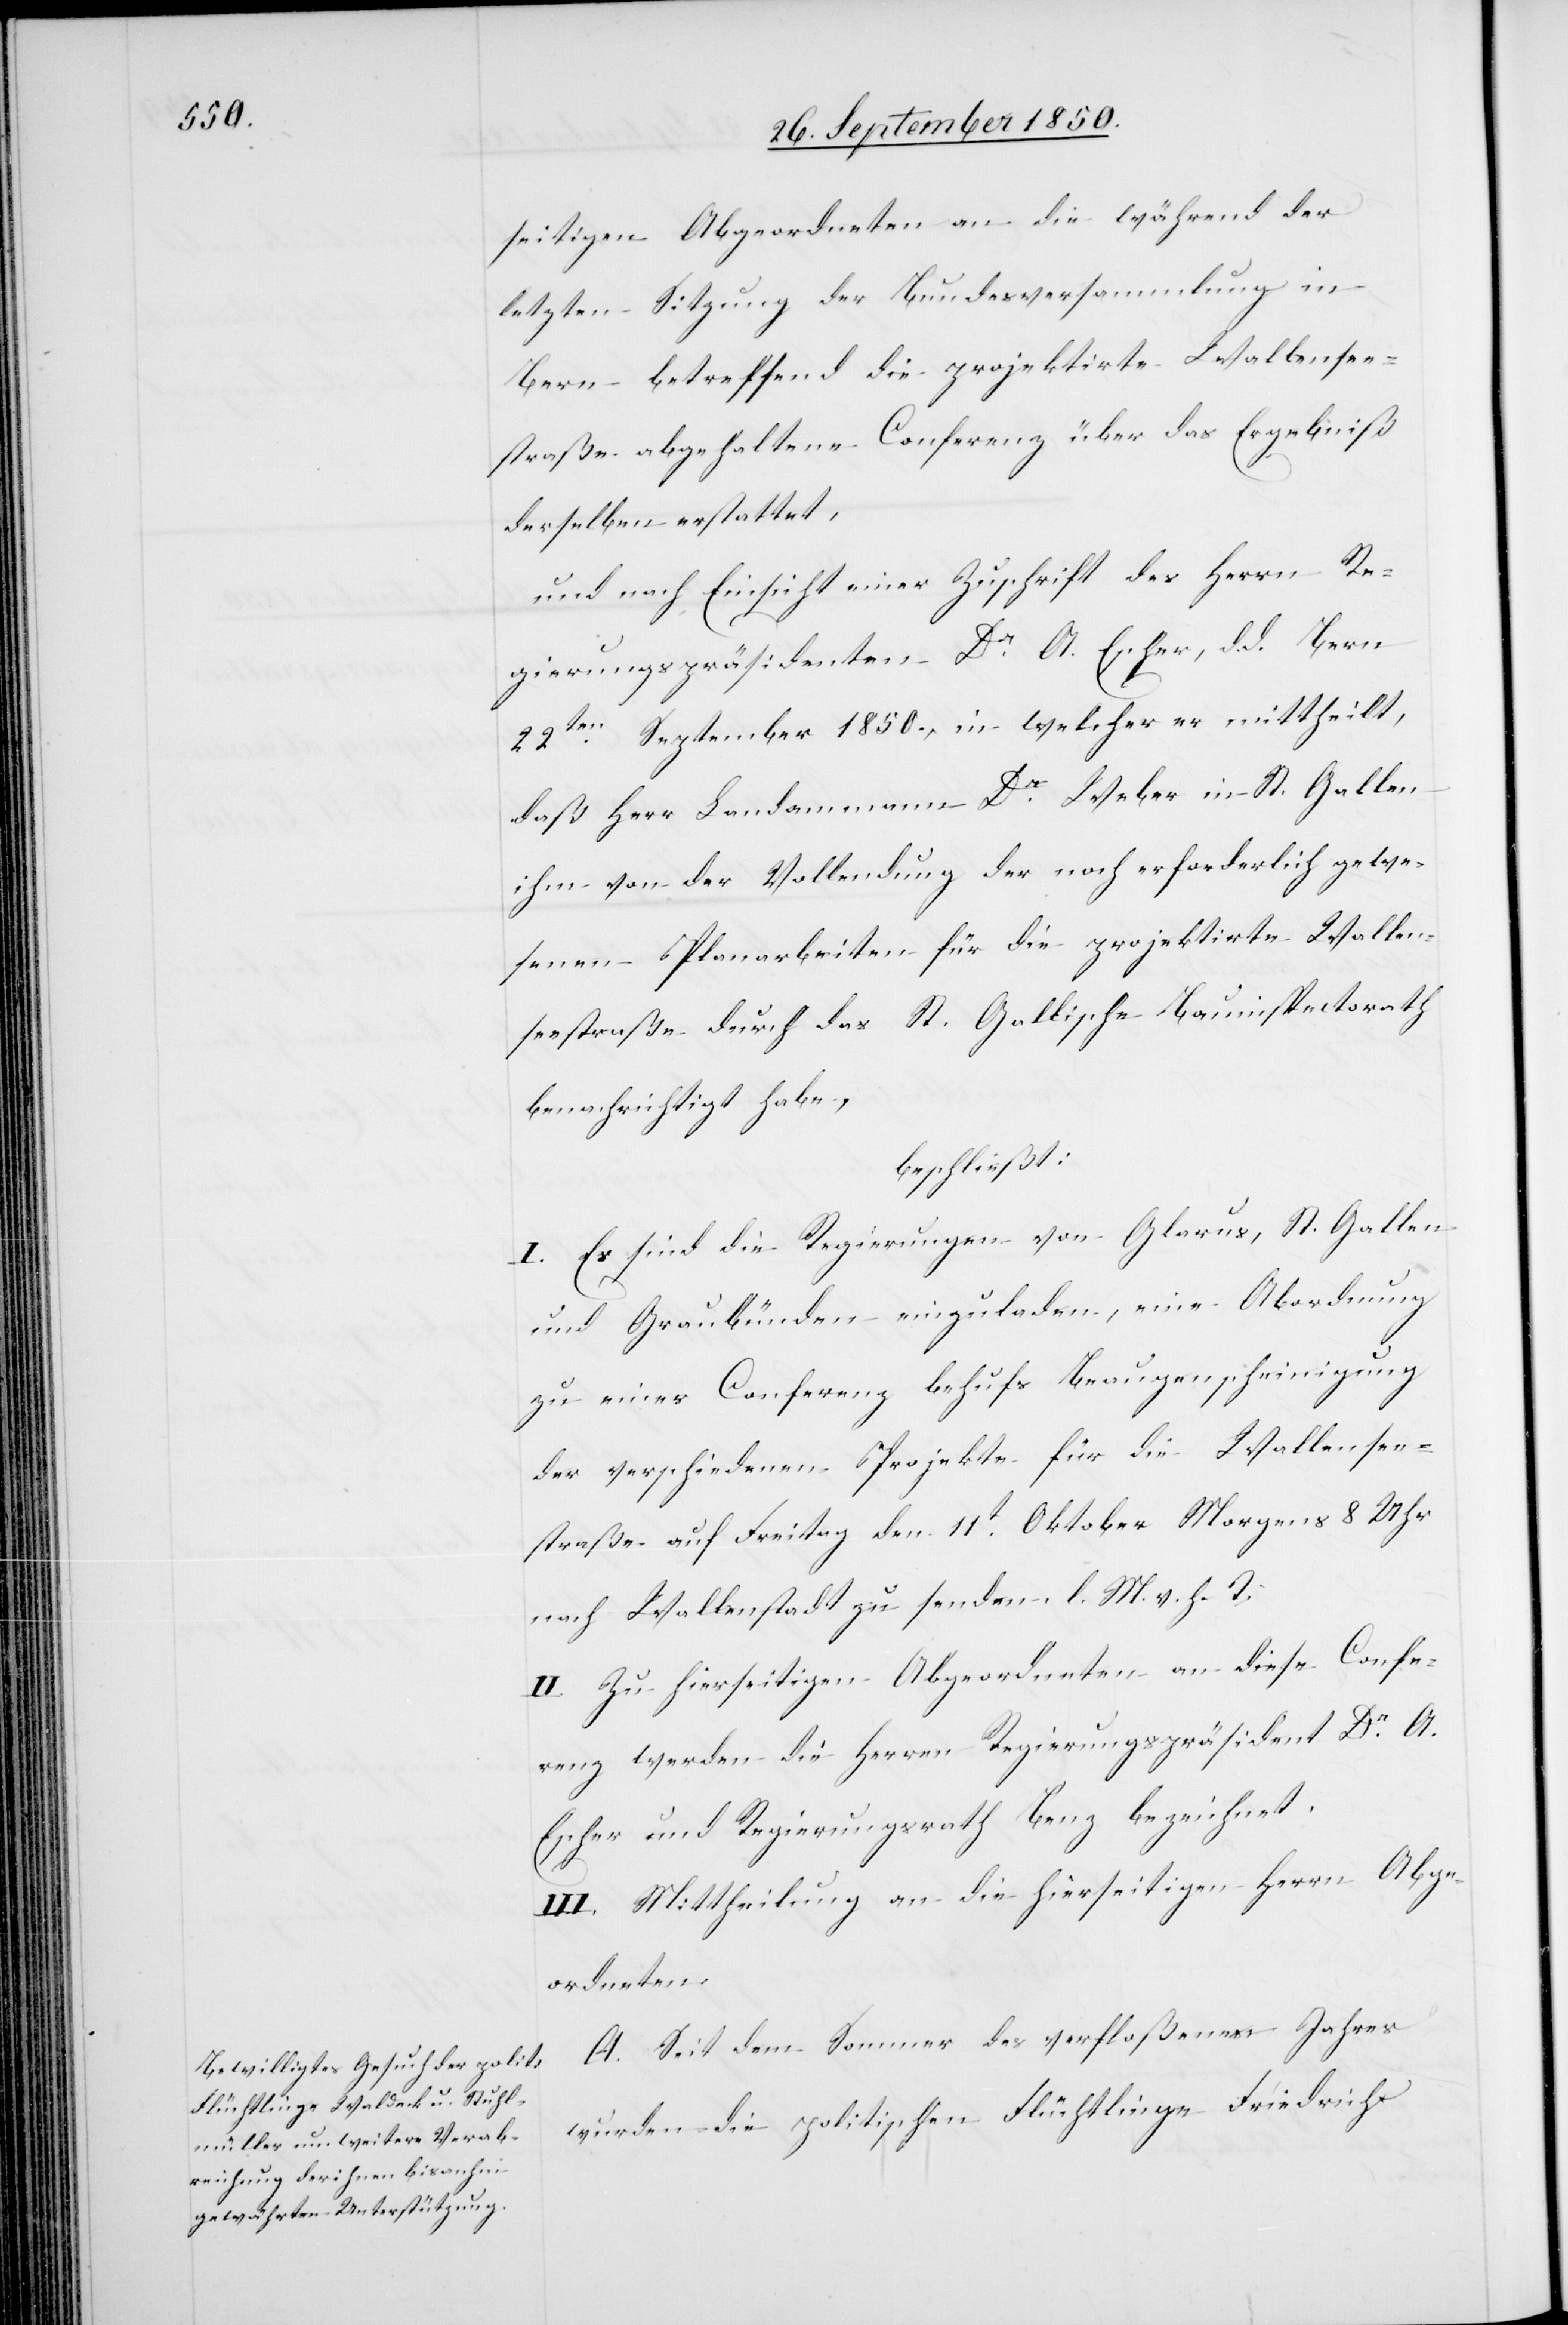
seitigen Abgeordneten an die während der
letzten Sitzung der Bundesversammlung in
Bern betreffend die projektirte Wallensee¬
straße abgehaltene Conferenz über das Ergebniß
derselben erstattet,
und nach Einsicht einer Zuschrift des Herrn Re¬
gierungspräsidenten Dr A. Escher, d. d. Bern
22ten September 1850., in welcher er mittheilt,
daß Herr Landammann Dr Weber in St. Gallen
ihm von der Vollendung der nach erforderlich gewe¬
senen Planarbeiten für die projektirte Wallen¬
seestraße durch das St. Gallische Bauinspectorath
benachrichtigt habe,
beschließt:
I. Es sind die Regierungen von Glarus, St. Gallen
und Graubünden einzuladen, eine Abordnung
zu einer Conferenz behufs Beaugenscheinigung
der verschiedenen Projekte für die Wallensee¬
straße auf Freitag den 11t Oktober Morgens 8 Uhr
nach Wallenstadt zu senden. l. M. v. h. T.
II. Zu hierseitigen Abgeordneten an diese Confe¬
renz werden die Herren Regierungspräsident Dr A.
Escher und Regierungsrath Benz bezeichnet.
III. Mittheilung an die hierseitigen Herrn Abge¬
ordneten.
A. Seit dem Sommer des verfloßenen Jahres
wurden die politischen Flüchtlinge Friedrich